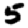
Digit: 5